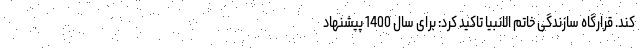
کند. قرارگاه سازندگی خاتم الانبیا تاکید کرد: برای سال 1400 پیشنهاد